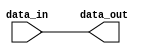
module IOBuffer (
    input wire data_in,
    output reg data_out
);

assign data_out = data_in;

endmodule